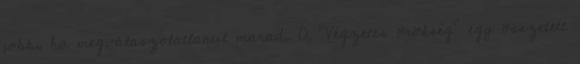
jobb, ha megválaszolatlanul marad. A "Végzetes örökség" egy összetett